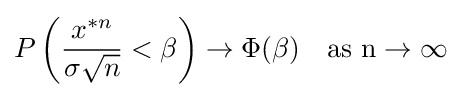
P\left({\frac {x^{*n}}{\sigma {\sqrt {n}}}}<\beta \right)\to \Phi (\beta )\quad {\rm {{as}\ n\to \infty }}